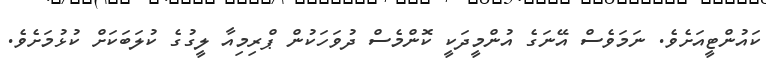
ކައުންޓީއަށެވެ. ނަމަވެސް އޭނަގެ އުންމީދަކީ ކޮންމެސް ދުވަހަކުން ޕްރިމިއާ ލީގުގެ ކުލަބަކަށް ކުޅުމަށެވެ.